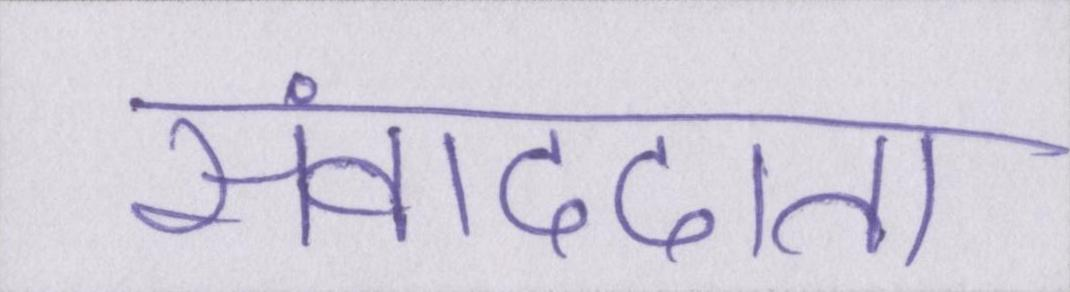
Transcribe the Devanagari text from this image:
संवाददाता